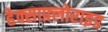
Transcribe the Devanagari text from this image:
हेक्साफ़्लोराइड